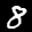
Digit: 8